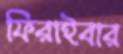
ফিরাইবার